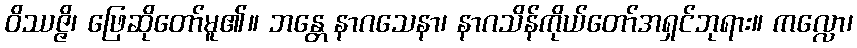
ဝိဿဇ္ဇိ၊ ဖြေဆိုတော်မူ၏။ ဘန္တေ နာဂသေနာ၊ နာဂသိန်ကိုယ်တော်အရှင်ဘုရား။ ကလ္လော၊